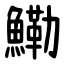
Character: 鰳